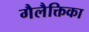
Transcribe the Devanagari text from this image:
गैलैक्तिका